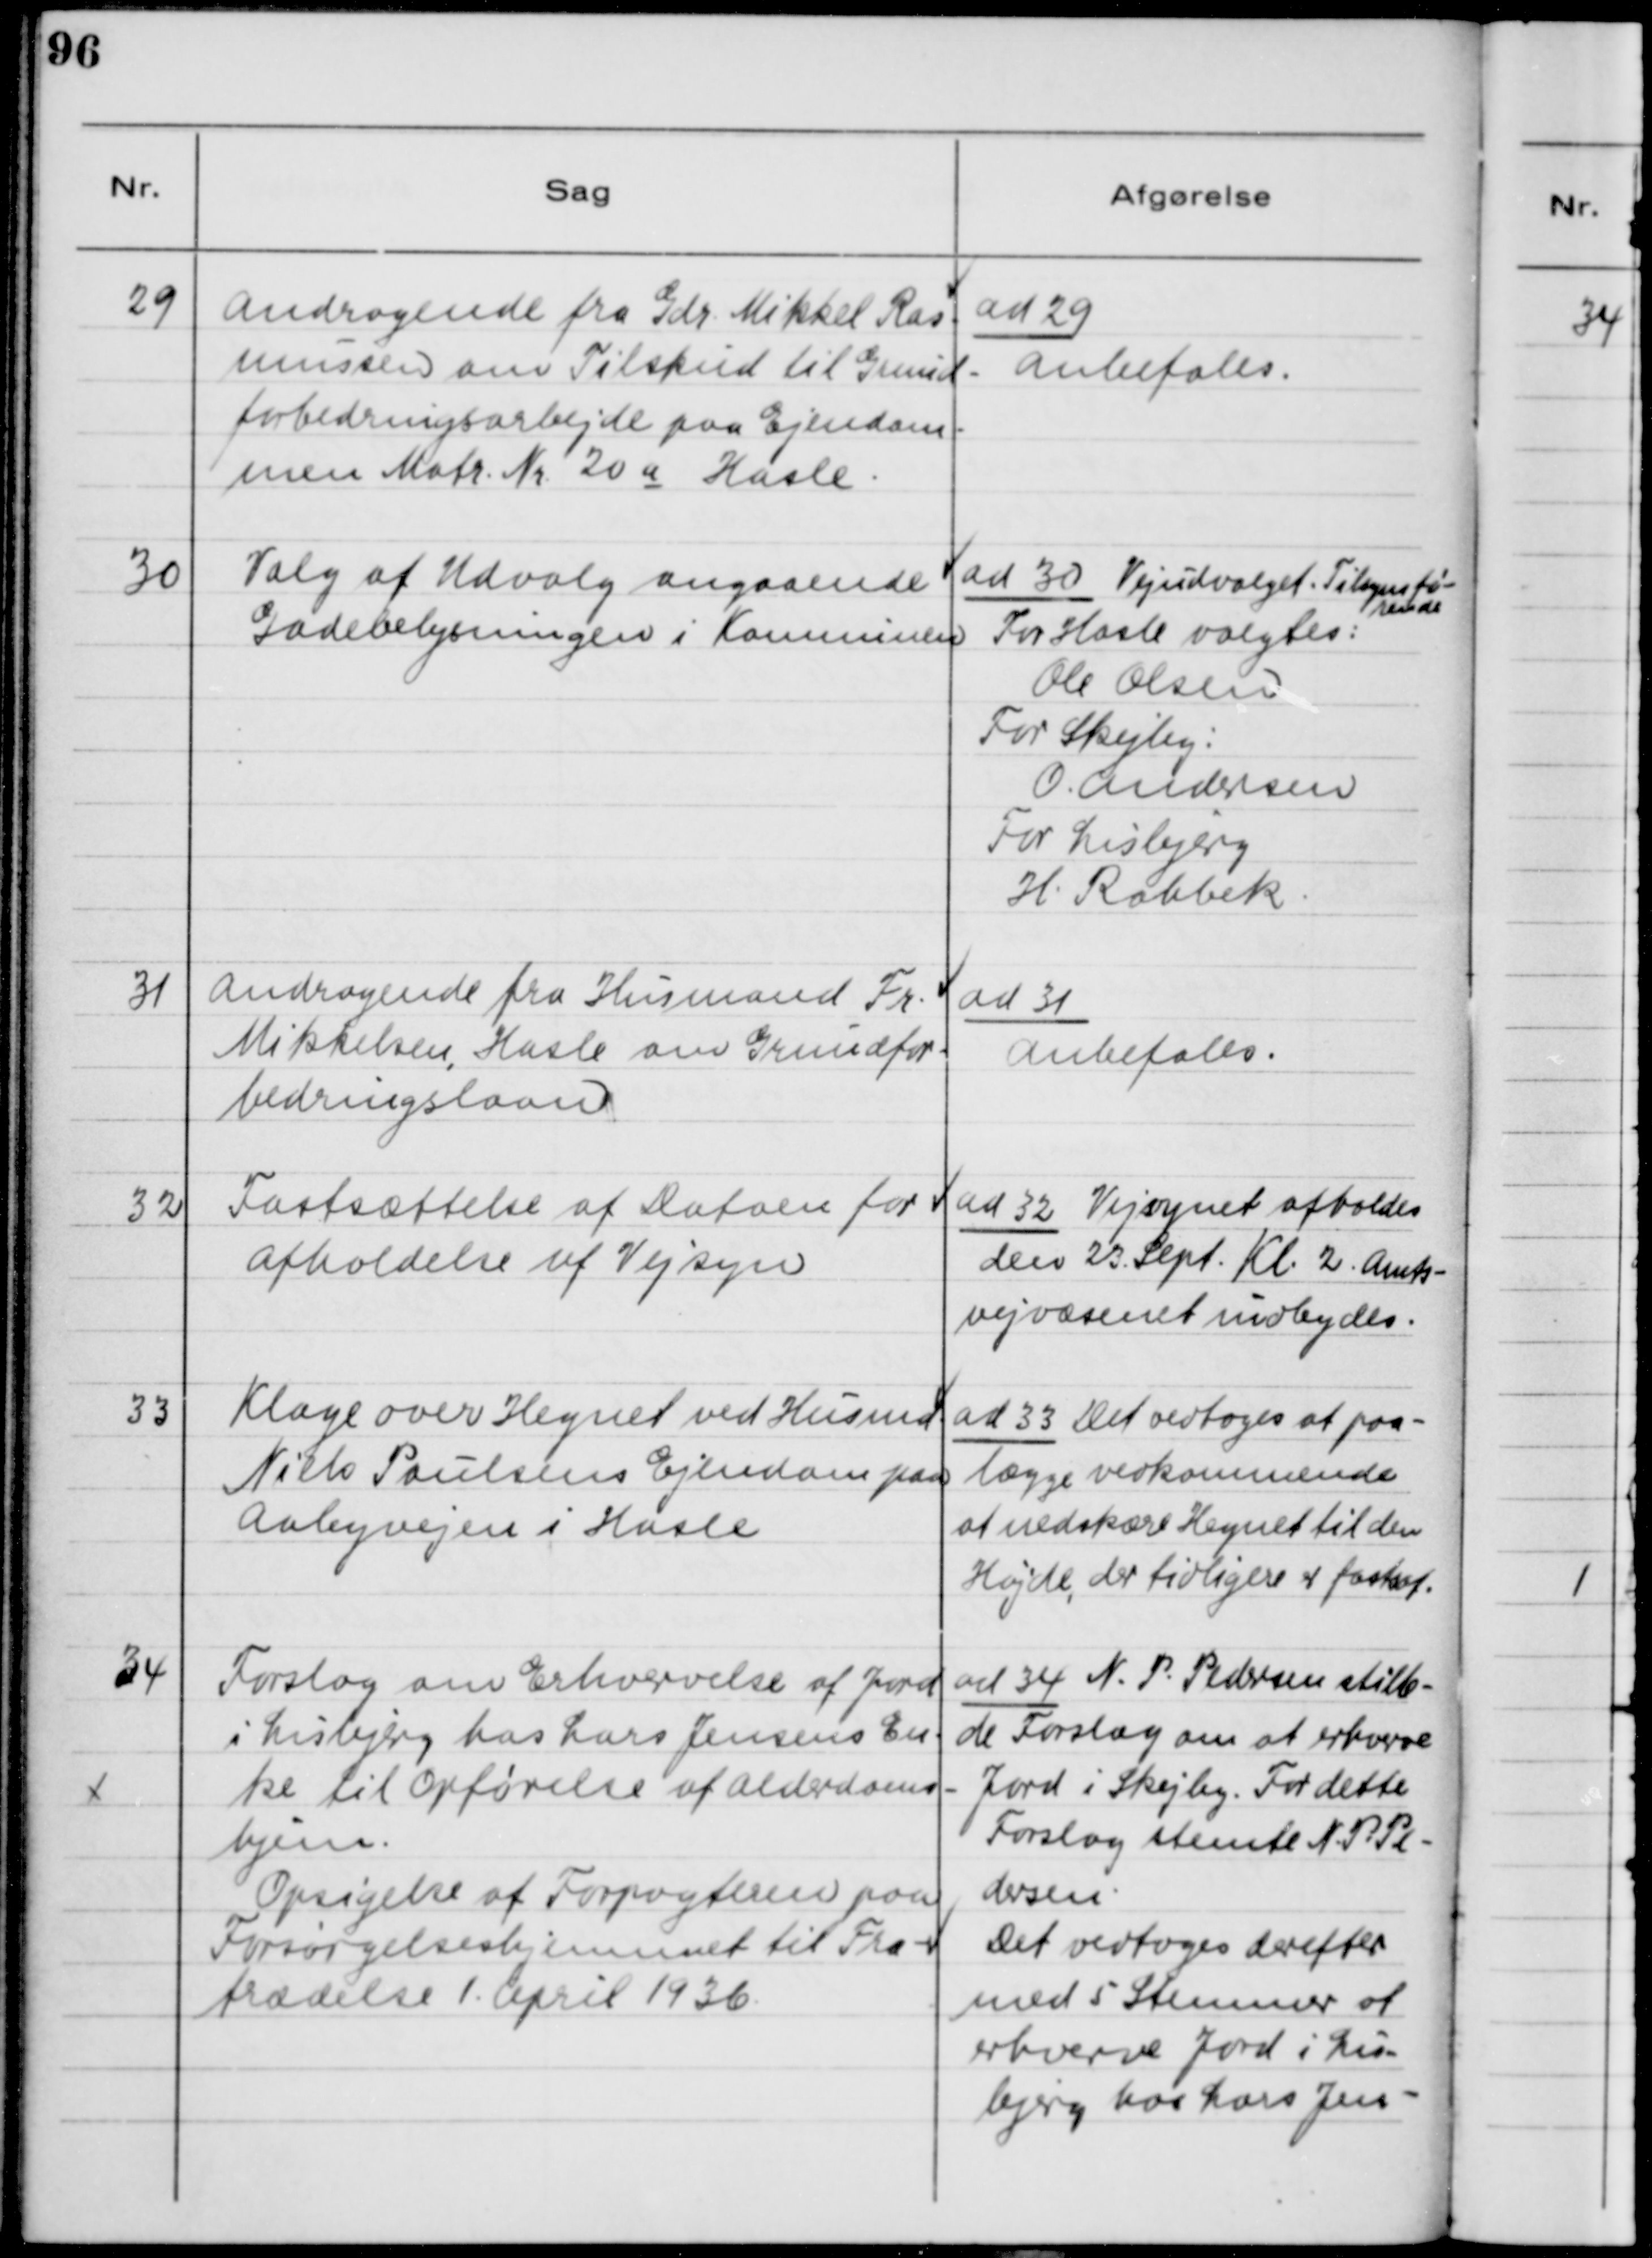
Transskription:
29

Andragende fra Gdr. Mikkel Ras-
mussen om Tilskud til Grund-
forbedringsarbejde paa Ejendom-
men Matr. Nr. 20 a Hasle.

ad 29
Anbefales

30

Valg af Udvalg angaaende
Gadebelysningen i Kommunen

ad 30 Vejudvalget: Tilsynesfø
rende
For Hasle valgtes:
Ole Olsen
For Skejby:
O. Andersen
For Lisbjerg:
H. Rahbek

31

Andragende fra Husmand Fr.
Mikkelsen, Hasle om Grundfor-
bedringslaan.

ad 31
Anbefales

32

Fastsættelse af Datoen for
Afholdelse af Vejsyn.

ad 32 Vejsynet afholdes
den 23. Sept. Kl. 2. Amts-
vejvæsenet indbydes.

33

Klage over Hegnet ved Husmd.
Niels Poulsens Ejendom paa
Aabyvejen i Hasle.

ad 33 Det vedtoges at paa
lægge vedkommende
at nedskære Hegnet til den
Højde, der tidligere er fastsat.

34

Forslag om Erhvervelse af Jord 
i Lisbjerg hos Lars Jensens En-
ke til Opførelse af Alderdoms-
hjem.
Opsigelse af Forpagteren paa
Forsørgelseshjemmet til Fra-
trædelse 1. April 1936.

ad 34 N. P. Petersen stille-
de Forslag om at erhverve
Jord i Skejby. For dette
Forslag stemte N. P. Pe-
dersen.
Det vedtoges derefter
med 5 Stemmer at
erhverve Jord i Lis-
bjerg hos Lars Jen-